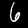
Digit: 6